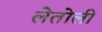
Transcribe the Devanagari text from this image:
लेतोली